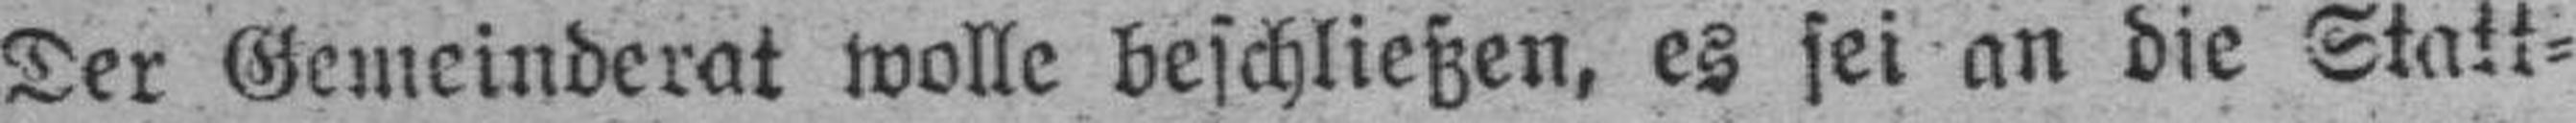
Der Gemeinderat wolle beschließen, es sei an die Statt¬